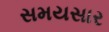
સમયસાર